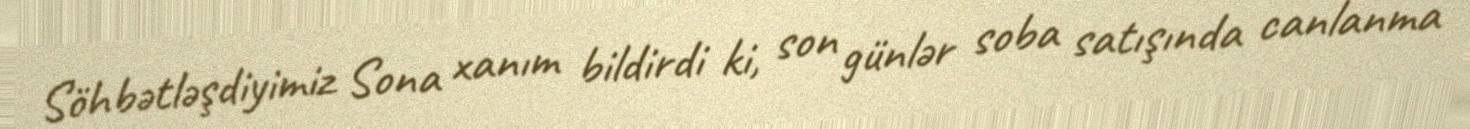
Söhbətləşdiyimiz Sona xanım bildirdi ki, son günlər soba satışında canlanma